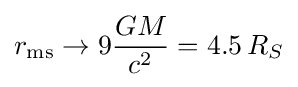
r_{\mathrm {ms} }\to 9{\frac {GM}{c^{2}}}=4.5\,R_{S}